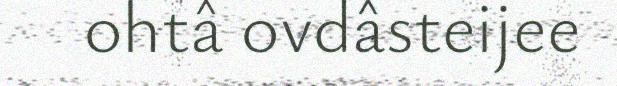
ohtâ ovdâsteijee